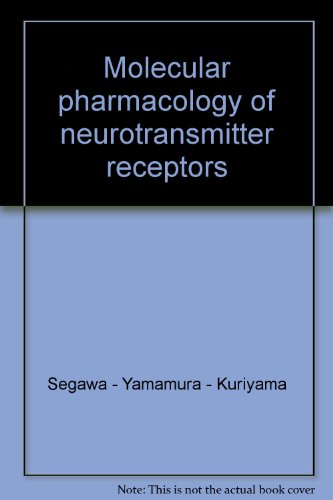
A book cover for Molecular pharmacology of neurotransmitter receptors; Segawa - Yamamura - Kuriyama; Medical Books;